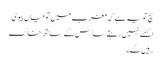
سچ تو یہ ہے کہ مغرب میں تو میاں بیوی
اکٹھے نہیں رہتے ساس کے ساتھ خاک
رہیں گے۔